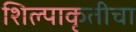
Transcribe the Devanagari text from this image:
शिल्पाकृतीचा